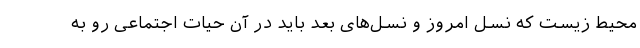
محیط زیست که نسل امروز و نسل‌های بعد باید در آن حیات اجتماعی رو به